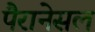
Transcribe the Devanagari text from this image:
पैरानेसल